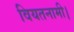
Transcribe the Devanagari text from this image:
वियतनामी।